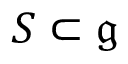
S \subset { \mathfrak { g } }